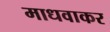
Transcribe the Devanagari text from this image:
माधवाकर